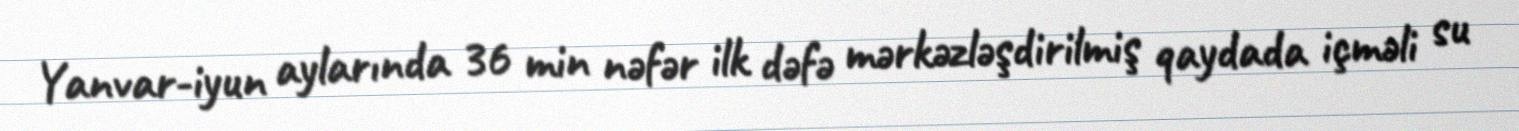
Yanvar-iyun aylarında 36 min nəfər ilk dəfə mərkəzləşdirilmiş qaydada içməli su